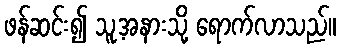
ဖန်ဆင်း၍ သူ့အနားသို့ ရောက်လာသည်။